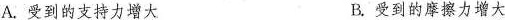
A.受到的支持力增大 B.受到的摩擦力增大